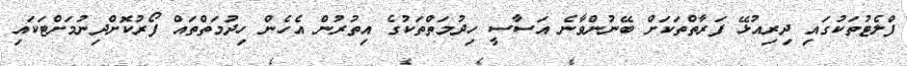
ފްލެޓުތަކުގައި ދިރިއުޅޭ ފަރާތްތަކަށް ބޭނުންވާނެ އަސާސީ ހިދުމަތްތަކުގެ އިތުރުން އެހެން ހިދުމަތްތައް ފޯރުކޮށްދިނުމަށްޓަކައި